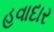
હવાદાર